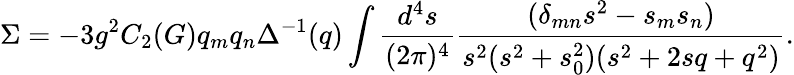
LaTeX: \Sigma=-3g^{2}C_{2}(G)q_{m}q_{n}\Delta^{-1}(q)\int\frac{d^{4}s}{(2\pi)^{4}}\frac{(\delta_{mn}s^{2}-s_{m}s_{n})}{s^{2}(s^{2}+s_{0}^{2})(s^{2}+2sq+q^{2})}.